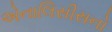
એનાલિસીસનો